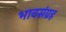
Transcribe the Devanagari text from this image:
भावसंग्रह